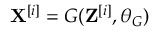
\mathbf { X } ^ { [ i ] } = G ( \mathbf { Z } ^ { [ i ] } , \theta _ { G } )